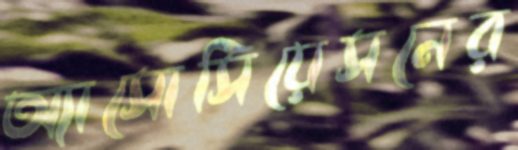
অ্যাসোসিয়েসনের